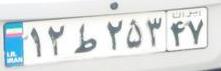
۱۲ط۲۵۳۴۷